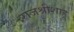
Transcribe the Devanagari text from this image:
राजश्रीशाहू